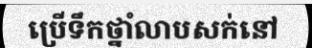
ប្រើទឹកថ្នាំលាបសក់នៅ